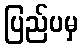
ပြည်ပမှ